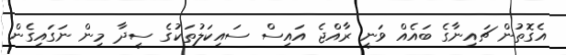
އެގޮތުން ޗައިނާގެ ބައެއް ވަނީ ރާއްޖެ އައިސް ސައިކަލުތަކުގެ ސީދާ މިން ނަގައިގެން